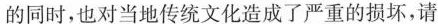
的同时，也对当地传统文化造成了严重的损坏，请